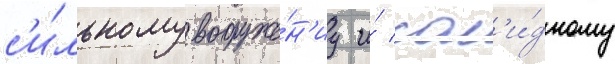
с'и́льному вооруже́н'иу и́ сол'и́дному